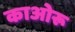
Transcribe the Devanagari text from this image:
काओरू